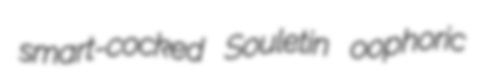
smart-cocked Souletin oophoric